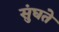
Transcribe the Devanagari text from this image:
सुंघते